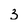
Character: 3